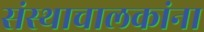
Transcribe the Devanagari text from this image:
संस्थाचालकांना